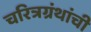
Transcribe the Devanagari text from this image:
चरित्रग्रंथांची